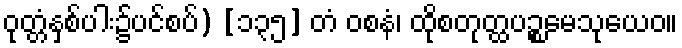
ဝုတ္တံနှစ်ပါး၌ပင်စပ်) [၁၃၅] တံ ဝစနံ၊ ထိုစတုတ္ထပဉ္စမေသုယေဝ။